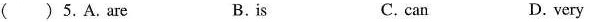
( )5.A.are B.is C. can D.very